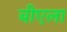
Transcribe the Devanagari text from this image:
बीएला